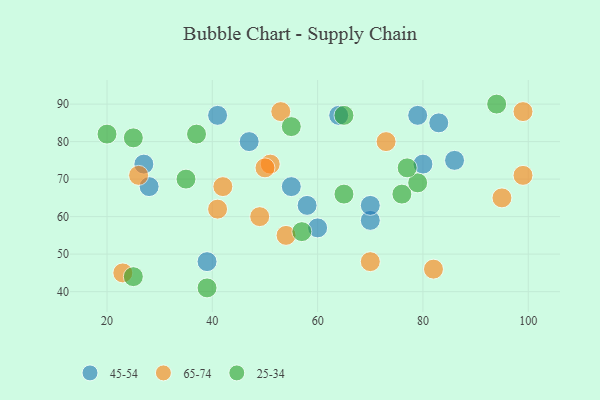
{"axis": {"x": "GDP", "y": "Life Expectancy"}, "legend": ["25-34", "45-54", "65-74"], "data": [{"x": "28", "y": 68, "type": "45-54"}, {"x": "58", "y": 63, "type": "45-54"}, {"x": "41", "y": 87, "type": "45-54"}, {"x": "64", "y": 87, "type": "45-54"}, {"x": "70", "y": 59, "type": "45-54"}, {"x": "80", "y": 74, "type": "45-54"}, {"x": "70", "y": 63, "type": "45-54"}, {"x": "60", "y": 57, "type": "45-54"}, {"x": "79", "y": 87, "type": "45-54"}, {"x": "83", "y": 85, "type": "45-54"}, {"x": "47", "y": 80, "type": "45-54"}, {"x": "55", "y": 68, "type": "45-54"}, {"x": "39", "y": 48, "type": "45-54"}, {"x": "27", "y": 74, "type": "45-54"}, {"x": "86", "y": 75, "type": "45-54"}, {"x": "51", "y": 74, "type": "65-74"}, {"x": "73", "y": 80, "type": "65-74"}, {"x": "41", "y": 62, "type": "65-74"}, {"x": "53", "y": 88, "type": "65-74"}, {"x": "50", "y": 73, "type": "65-74"}, {"x": "26", "y": 71, "type": "65-74"}, {"x": "42", "y": 68, "type": "65-74"}, {"x": "23", "y": 45, "type": "65-74"}, {"x": "95", "y": 65, "type": "65-74"}, {"x": "99", "y": 71, "type": "65-74"}, {"x": "54", "y": 55, "type": "65-74"}, {"x": "70", "y": 48, "type": "65-74"}, {"x": "82", "y": 46, "type": "65-74"}, {"x": "99", "y": 88, "type": "65-74"}, {"x": "49", "y": 60, "type": "65-74"}, {"x": "65", "y": 87, "type": "25-34"}, {"x": "25", "y": 81, "type": "25-34"}, {"x": "76", "y": 66, "type": "25-34"}, {"x": "20", "y": 82, "type": "25-34"}, {"x": "55", "y": 84, "type": "25-34"}, {"x": "25", "y": 44, "type": "25-34"}, {"x": "39", "y": 41, "type": "25-34"}, {"x": "65", "y": 66, "type": "25-34"}, {"x": "94", "y": 90, "type": "25-34"}, {"x": "35", "y": 70, "type": "25-34"}, {"x": "37", "y": 82, "type": "25-34"}, {"x": "79", "y": 69, "type": "25-34"}, {"x": "57", "y": 56, "type": "25-34"}, {"x": "77", "y": 73, "type": "25-34"}]}